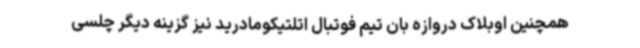
همچنین اوبلاک دروازه بان تیم فوتبال اتلتیکومادرید نیز گزینه دیگر چلسی